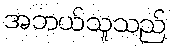
အဘယ်သူသည်